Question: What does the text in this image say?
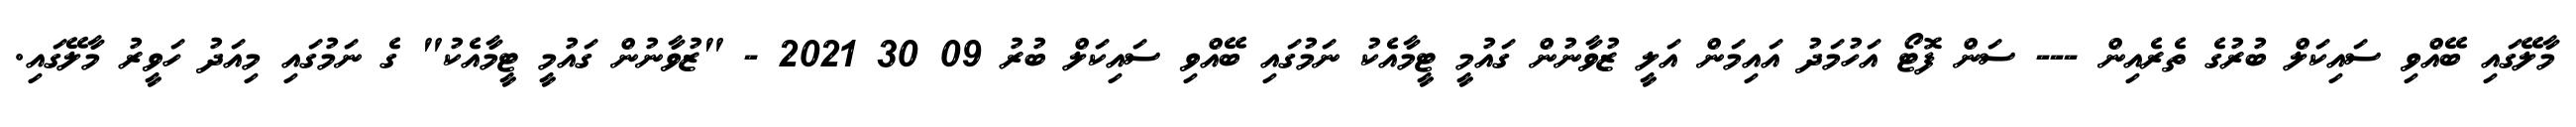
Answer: މާލޭގައި ބޭއްވި ސައިކަލް ބުރުގެ ތެރެއިން --- ސަން ފޮޓޯ އަހުމަދު އައިމަން އަލީ ޒުވާނުން ގައުމީ ޓީމާއެކު ނަމުގައި ބޭއްވި ސައިކަލް ބުރު 09 30 2021 - "ޒުވާނުން ގައުމީ ޓީމާއެކު" ގެ ނަމުގައި މިއަދު ހަވީރު މާލޭގައި.